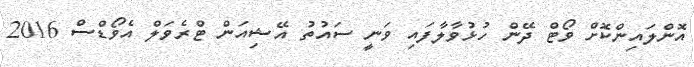
އޮންލައިންކޮށް ވޯޓް ދޭން ހުޅުވާލާފައި ވަނީ ސައުތު އޭޝިއަން ޓްރެވަލް އެވޯޑްސް 2016